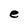
Character: e